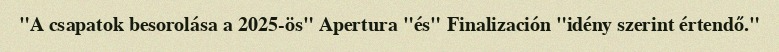
"A csapatok besorolása a 2025-ös" Apertura "és" Finalización "idény szerint értendő."